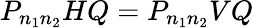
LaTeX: P_{n_{1}n_{2}}HQ=P_{n_{1}n_{2}}VQ